Annual report on the Civil Veterinary Department, Burma (including the Insein Veterinary School) - 1910-1922
Year: 1910
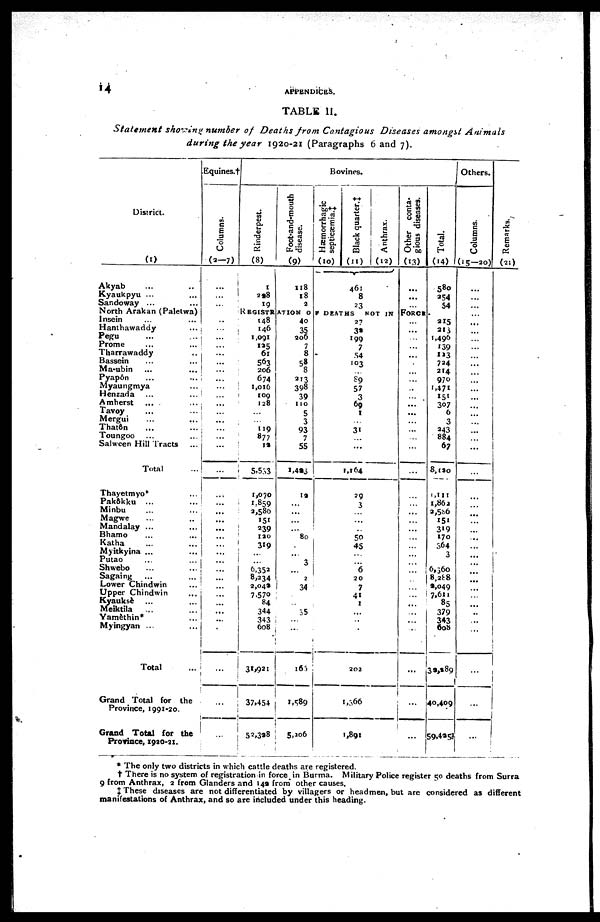
14
APPENDICES.
TABLE II.
Statement
showing number of Deaths from Contagious
Diseases amongst
Animals
during the year 1920-21 (Paragraphs 6 and 7).
District.
(1)
Akyab ... ...
Kyaukpyu ... ...
Sandoway ... ...
North Arakan (Paletwa)
Insein ... ...
Hanthawaddy ...
Pegu ... ...
Prome ... ...
Tharrawaddy ...
Bassein ... ...
Ma-ubin ... ...
Pyap6n ... ...
Myaungmya ...
Henzada ... ...
Amherst ... ...
Tavoy ... ...
Mergui ... ...
Thatôn ... ...
Toungoo ... ...
Salween Hill Tracts ...
Total ...
Thayetmyo* ...
Pakôkku ... ...
Minbu ... ...
Magwe ... ...
Mandalay ... ...
Bhamo ... ...
Katha
... ...
Myitkyina ... ...
Putao ... ...
Shwebo ... ...
Sagaing ... ...
Lower Chindwin ...
Upper Chindwin ...
Kyauksè ... ...
Meiktila ... ...
Yamèthin* ...
Myingyan ... ...
Total ...
Grand Total for the
Province, 1991-20.
Grand Total for the
Province, 1920-21.
Equines.†
Columns.
(2-7)
...
...
...
..
...
...
...
...
...
...
...
...
...
...
...
...
...
...
...
...
...
...
...
...
...
...
...
...
...
...
...
...
...
...
...
...
...
...
...
...
Bovines.
Rinderpest.
(8)
1
228
19
Foot-and-mouth
disease.
(9)
118
18
2
Hæmorrhagic
septicaemia.‡
(10)
Black quarter. ‡
(11)
461
8
23
Anthrax.
(12)
Other conta-
gious diseases.
(13)
...
...
...
Total.
(14)
580
254
54
REGISTRATION OF DEATHS NOT IN FORSE.
148
146
1,091
125
61
563
206
674
1,016
109
128
...
...
119
877
12
5,553
1,070
1,859
2,580
151
239
120
319
...
6,352
8,334
2,049
7,570
84
344
343
608
31,921
37,454
52,328
40
35
206
7
8
58
8
213
398
39
110
5
3
93
7
55
1,423
19
...
...
...
...
80
...
...
3
...
2
34
...
...
35
...
...
162
1,589
5,206
27
32
199
7
54
103
...
89
57
3
69
1
...
31
...
...
1,164
29
3
...
...
...
50
45
...
...
6
20
7
41
1
...
..
...
202
1,366
1,891
...
...
...
...
...
...
...
...
...
...
...
...
...
...
...
...
...
...
...
...
...
...
...
...
...
...
...
..
...
...
...
...
...
...
...
...
215
213
1,490
139
123
724
214
970
1,471
151
307
6
3
243
884
67
8,120
1,111
1,862
2,586
151
319
170
364
3
6,360
8,288
9,049
7,611
85
379
343
608
32,289
40,409
59,495
Others.
Columns.
(15—20)
...
...
...
...
...
...
...
...
...
...
...
...
...
...
...
...
...
...
...
...
...
...
...
...
...
...
...
...
...
...
...
...
...
..
...
...
...
...
...
Re ma r
ks .
(21)
* The only two districts in which cattle deaths are registered.
† There is no system of registration in force in Burma. Military Police register 50 deaths from Surra
9 from Anthrax, 2 from Glanders and 142 from other causes.
‡ These diseases are not differentiated by villagers or headmen, but are considered as different
manifestations of Anthrax, and so are included under this heading.